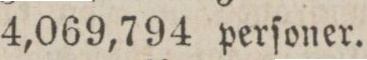
4,069,794 perſoner.